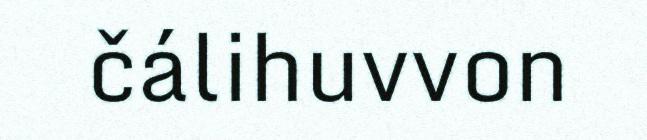
čálihuvvon